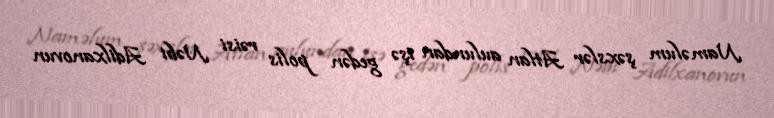
Naməlum şəxslər Atlan aulundan işə gedən polis rəisi Nəbi Adilxanovun